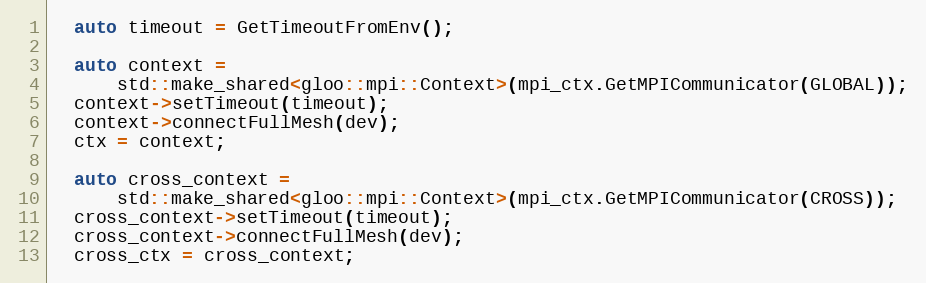
Language: C++
  auto timeout = GetTimeoutFromEnv();

  auto context =
      std::make_shared<gloo::mpi::Context>(mpi_ctx.GetMPICommunicator(GLOBAL));
  context->setTimeout(timeout);
  context->connectFullMesh(dev);
  ctx = context;

  auto cross_context =
      std::make_shared<gloo::mpi::Context>(mpi_ctx.GetMPICommunicator(CROSS));
  cross_context->setTimeout(timeout);
  cross_context->connectFullMesh(dev);
  cross_ctx = cross_context;